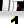
Digit: 1